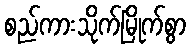
စည်ကားသိုက်မြိုက်စွာ